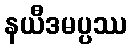
နယီဒမပ္ပဿ